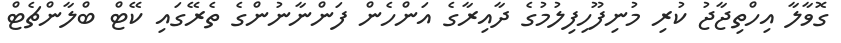
ގޮވާލާ އިހްތިޖާޖު ކުރި މުނިފޫހިފިލުމުގެ ދާއިރާގެ އަންހެން ފަންނާނުންގެ ތެރޭގައި ކޭޓް ބްލާންޗެޓް